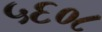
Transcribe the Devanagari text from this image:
५६०८